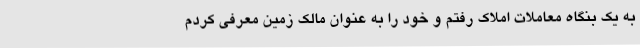
به یک بنگاه معاملات املاک رفتم و خود را به عنوان مالک زمین معرفی کردم